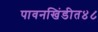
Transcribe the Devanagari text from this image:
पावनखिंडीत४८